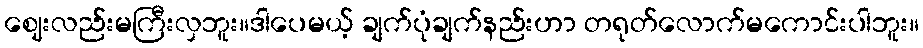
ဈေးလည်းမကြီးလှဘူး။ဒါပေမယ့် ချက်ပုံချက်နည်းဟာ တရုတ်လောက်မကောင်းပါဘူး။